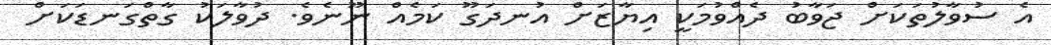
އެ ސުވާލުތަކަށް ޖަވާބު ދެއްވުމަކީ އިޔާޒަށް އުނދަގޫ ކަމެއް ނޫނެވެ. ދުވާލަކު ގާތްގަނޑަކަށް